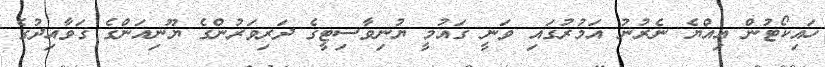
ހައިކޯޓުން އިއްޔެ ނެރުނު އަމުރުގައި ވަނީ ގައުމީ ޔުނިވާސިޓީގެ ދަރިވަރުންގެ ޔޫނިއަންގެ ގަވާއިދުގެ